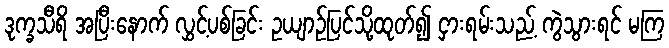
ဒုက္ခသီရိ အပြီးနောက် လွှင့်ပစ်ခြင်း ဥယျာဉ်ပြင်သို့ထုတ်၍ ငှားရမ်းသည့် ကွဲသွားရင် မကြ